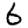
Digit: 6